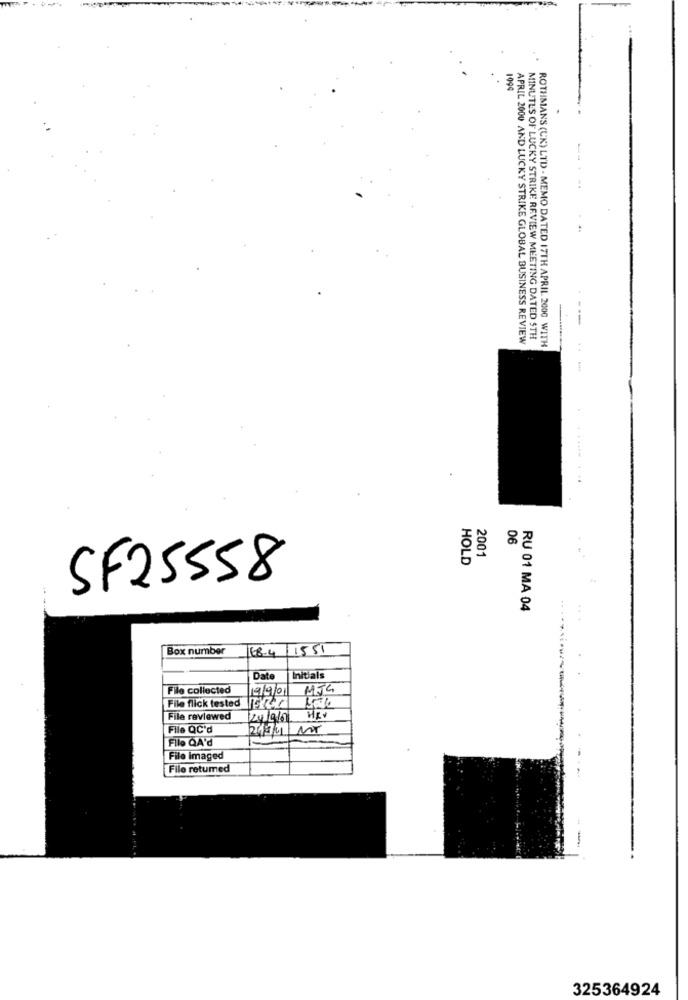
1994
APRIL 2000 AND LUCKY STRIKE GLOBAL BUSINESS REVIEW
MINUTES OF LUCKY STRIKE REVIEW MEETING DATED STH
ROTHMANS (UK) LTD - MEMO DATED 17TH APRIL. 2000 WITH
8 2
2001
HOLD
SF25558
RU 01 MA 04
Box number
68-4 1551
Date
Initials
File collected
19/9/01
MJC
File flick tested
File reviewed
24/9/00
HEV
File QC'd
Filo QA'd
File imaged
File retumed
325364924